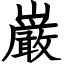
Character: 巌